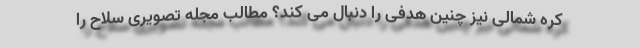
کره شمالی نیز چنین هدفی را دنبال می کند؟ مطالب مجله تصویری سلاح را